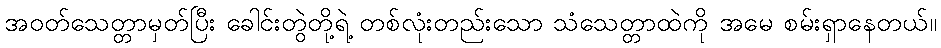
အဝတ်သေတ္တာမှတ်ပြီး ခေါင်းတွဲတို့ရဲ့ တစ်လုံးတည်းသော သံသေတ္တာထဲကို အမေ စမ်းရှာနေတယ်။